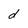
Character: d